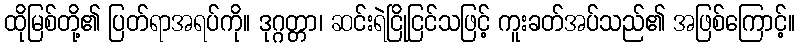
ထိုမြစ်တို့၏ ပြတ်ရာအရပ်ကို။ ဒုဂ္ဂတ္တာ၊ ဆင်းရဲငြိုငြင်သဖြင့် ကူးခတ်အပ်သည်၏ အဖြစ်ကြောင့်။